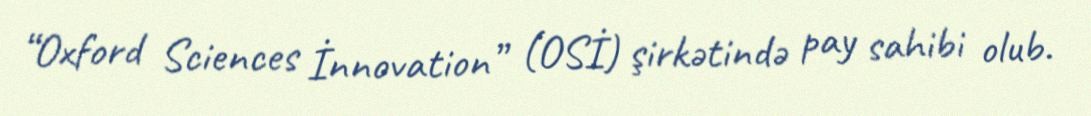
“Oxford Sciences İnnovation” (OSİ) şirkətində pay sahibi olub.